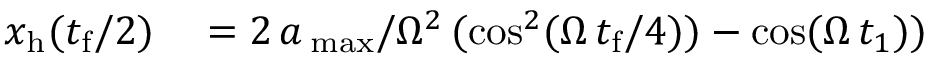
\begin{array} { r l } { x _ { \mathrm { h } } ( t _ { \mathrm { f } } / 2 ) } & { { } = 2 \, a \, _ { \mathrm { m a x } } / \Omega ^ { 2 } \, ( \cos ^ { 2 } ( \Omega \, t _ { \mathrm { f } } / 4 ) ) - \cos ( \Omega \, t _ { 1 } ) ) } \end{array}